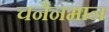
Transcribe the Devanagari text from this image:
चनैनमान